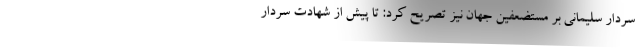
سردار سلیمانی بر مستضعفین جهان نیز تصریح کرد: تا پیش از شهادت سردار